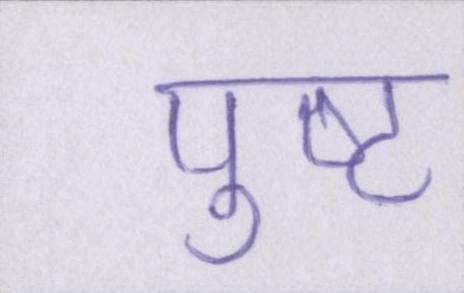
पुष्ट